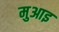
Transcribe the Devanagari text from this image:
मुआइ